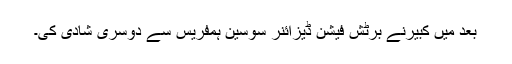
بعد میں کبیرنے برٹش فیشن ڈیزائنر سوسین ہمفریس سے دوسری شادی کی۔